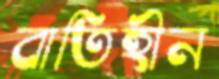
বাতিহীন